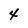
Character: 4